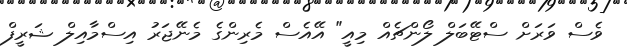
ވެސް ވަރަށް ސްޓޭބަލް ލޯންޗެއް މިއީ" އޭއެސް މެރިންގެ މެނޭޖަރު އިސްމާއިލް ޝަރީފް